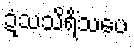
ဍံသသိရိံသပေ